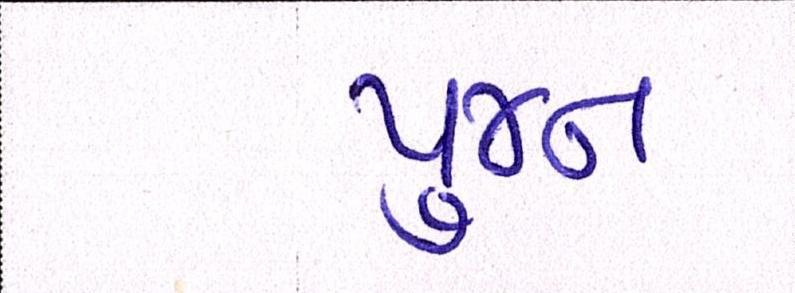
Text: પુજન